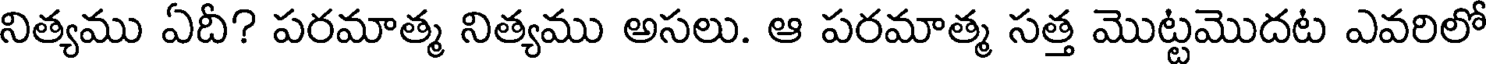
నిత్యము ఏదీ? పరమాత్మ నిత్యము అసలు. ఆ పరమాత్మ సత్త మొట్టమొదట ఎవరిలో